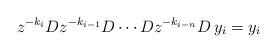
LaTeX: \begin{align*}z^{-k_i} D z^{-k_{i-1}} D \cdots D z^{-k_{i-n}} D \,y_i = y_i\end{align*}